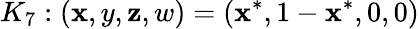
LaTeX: K_{7}:(\mathbf{x},y,\mathbf{z},w)=(\mathbf{x}^{*},1-\mathbf{x}^{*},0,0)